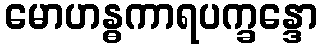
မောဟန္ဓကာရပက္ခန္ဒော